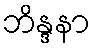
ဘိန္ဒနာ